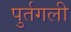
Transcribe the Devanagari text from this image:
पुर्तगली